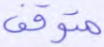
متوقف